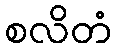
စလိတံ